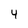
Character: 4